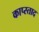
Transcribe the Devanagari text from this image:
काप्स्ताद